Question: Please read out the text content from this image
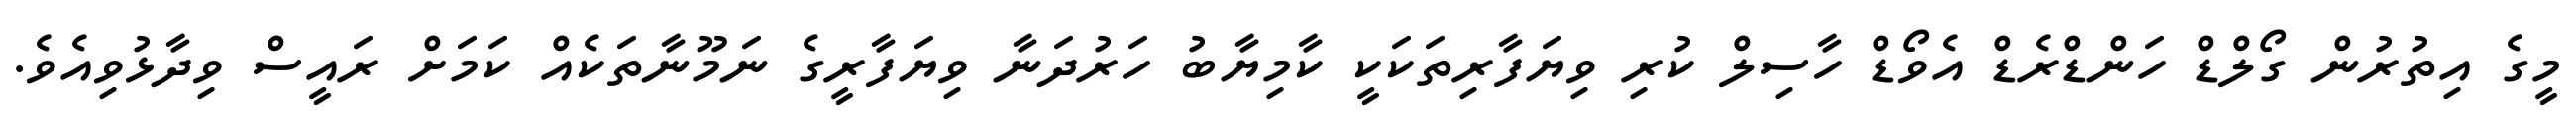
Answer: މީގެ އިތުރުން ގޯލްޑް ހަންޑްރެޑް އެވޯޑް ހާސިލް ކުރި ވިޔަފާރިތަކަކީ ކާމިޔާބު ހަރުދަނާ ވިޔަފާރީގެ ނަމޫނާތަކެއް ކަމަށް ރައީސް ވިދާޅުވިއެވެ.